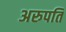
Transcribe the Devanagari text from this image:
अरुपति